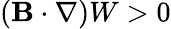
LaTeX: ({\mathbf{B}}\cdot\nabla)W>0